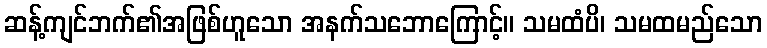
ဆန့်ကျင်ဘက်၏အဖြစ်ဟူသော အနက်သဘောကြောင့်။ သမထံပိ၊ သမထမည်သော